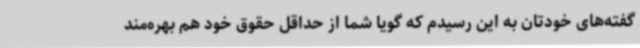
گفته‌های خودتان به این رسیدم که گویا شما از حداقل حقوق خود هم بهره‌مند